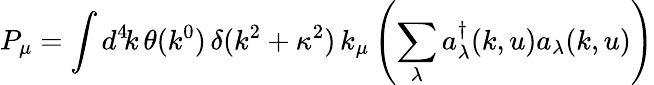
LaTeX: P_{\mu}=\int d^{4}\! k\, \theta(k^{0})\, \delta(k^{2}+\kappa^{2})\, k_{\mu}\left(\sum_{\lambda}a_{\lambda}^{\dagger}(k,u)a_{\lambda}(k,u)\right)